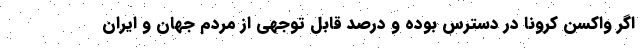
اگر واکسن کرونا در دسترس بوده و درصد قابل توجهی از مردم جهان و ایران